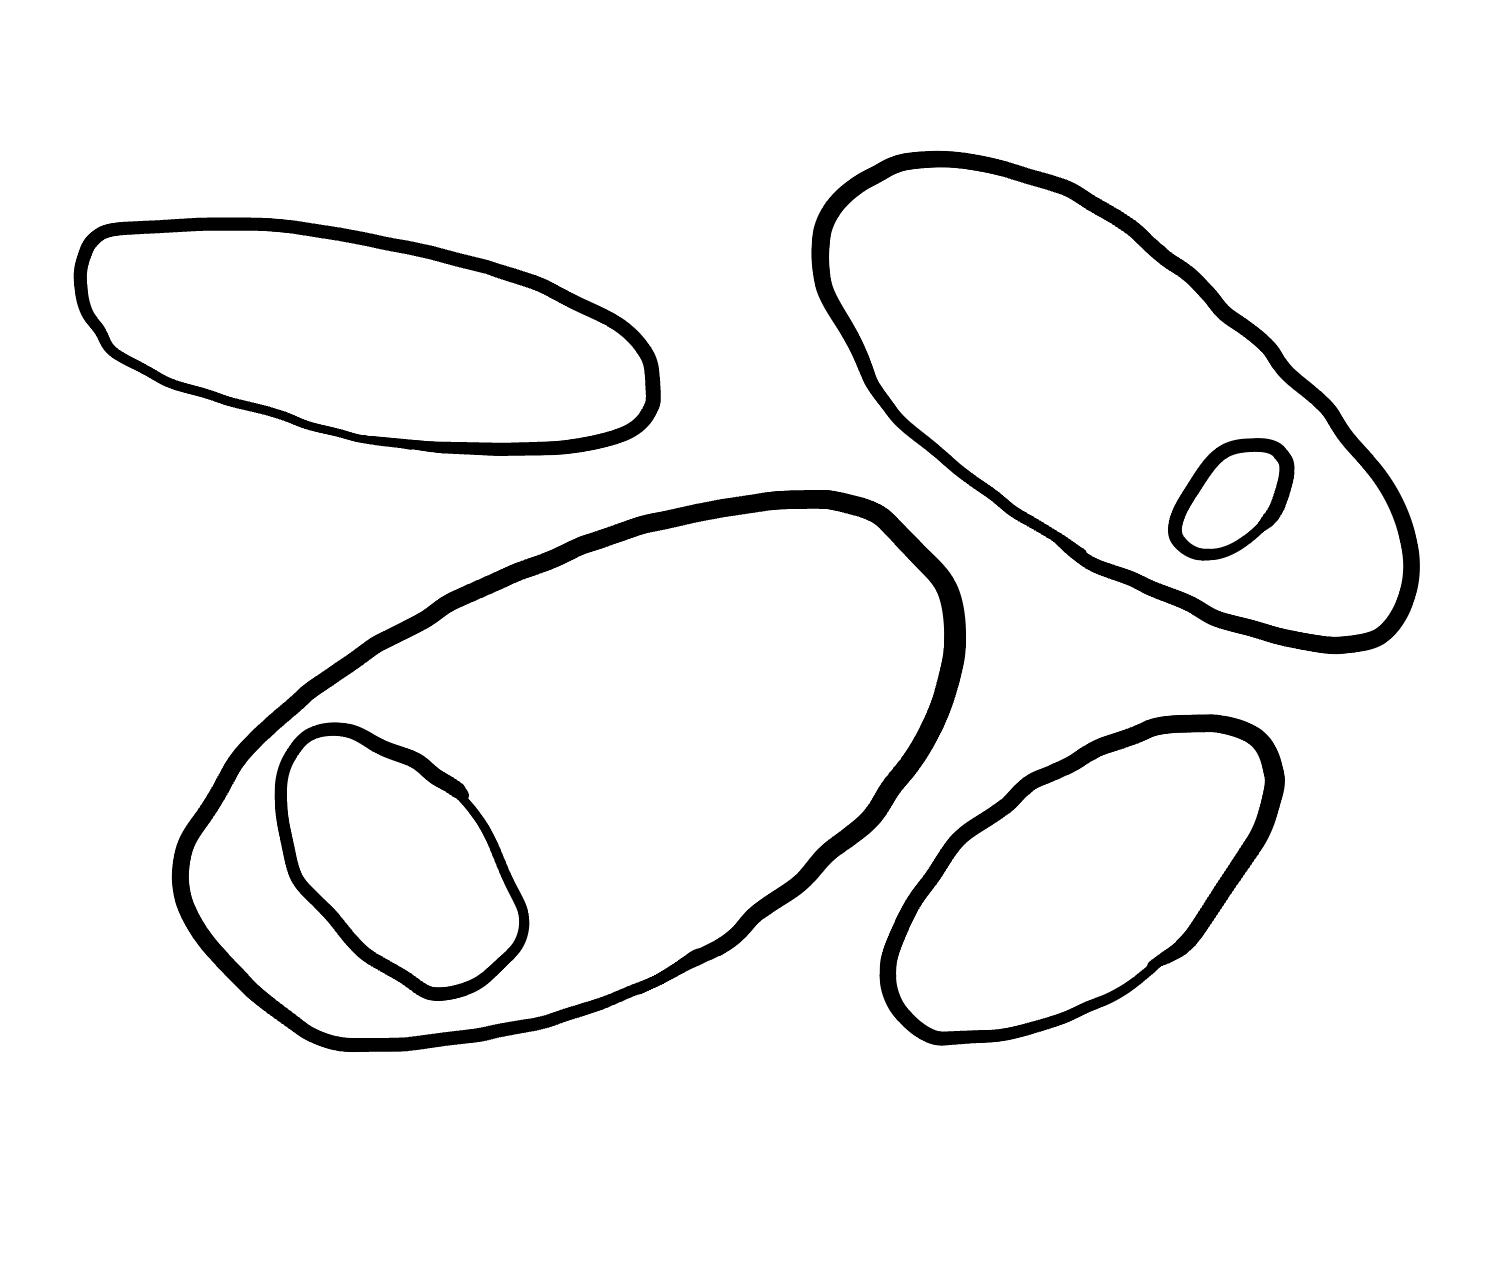
Number of regions (including the outer root region): 7
Containment tree edges (parent, child): 0, 1, 0, 2, 0, 4, 0, 5, 2, 3, 5, 6